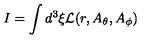
I = \int d ^ { 3 } \xi { \cal L } ( r , A _ { \theta } , A _ { \phi } )